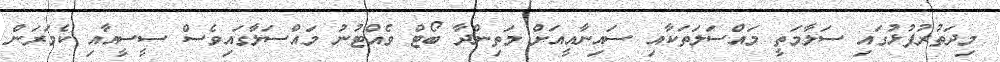
މިދަތުރުފުޅުގައި ސަލާމަތީ މައްސަލަތަކާއި ސައިނާއީއަށް މަތިންދާ ބޯޓް ވެއްޓުނު މައްސަލާގައިވެސް ސީސީއާއި ކެމަރަން